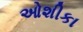
ઓશીકા